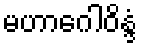
မဟာဂေါဝိန္ဒံ